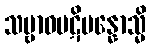
သမ္ဗာဓပဋိပန္နောသ္မိ